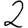
Digit: 2